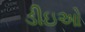
ડીઇઓ